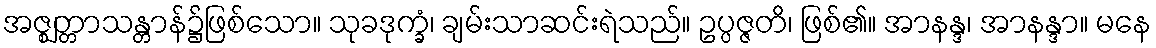
အဇ္ဈတ္တာသန္တာန်၌ဖြစ်သော။ သုခဒုက္ခံ၊ ချမ်းသာဆင်းရဲသည်။ ဥပ္ပဇ္ဇတိ၊ ဖြစ်၏။ အာနန္ဒ၊ အာနန္ဒာ။ မနေ